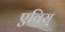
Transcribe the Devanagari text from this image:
एविस्